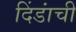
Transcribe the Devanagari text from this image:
दिंडांची